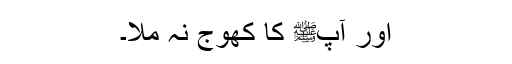
اور آپﷺ کا کھوج نہ ملا۔